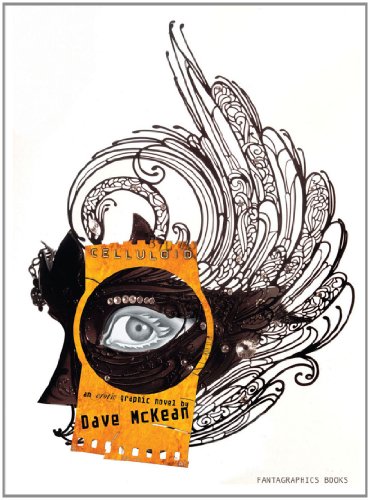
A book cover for Celluloid; Dave McKean; Comics & Graphic Novels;